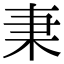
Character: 𣏲